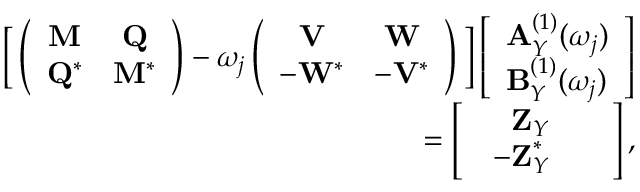
\begin{array} { r } { \bigg [ \left( \begin{array} { c c } { \mathbf { M } } & { \mathbf { Q } } \\ { \mathbf { Q } ^ { * } } & { \mathbf { M } ^ { * } } \end{array} \right) - \omega _ { j } \left( \begin{array} { c c } { \mathbf { V } } & { \mathbf { W } } \\ { - \mathbf { W } ^ { * } } & { - \mathbf { V } ^ { * } } \end{array} \right) \bigg ] \left[ \begin{array} { l } { \mathbf { A } _ { Y } ^ { ( 1 ) } ( \omega _ { j } ) } \\ { \mathbf { B } _ { Y } ^ { ( 1 ) } ( \omega _ { j } ) } \end{array} \right] } \\ { = \left[ \begin{array} { l } { \begin{array} { r l } { \mathbf { Z } _ { Y } } & { } \\ { \mathbf { - Z } _ { Y } ^ { * } } & { } \end{array} } \end{array} \right] , } \end{array}